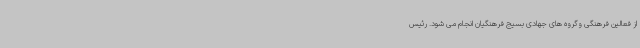
از فعالین فرهنگی وگروه های جهادی بسیج فرهنگیان انجام می شود. رئیس